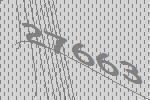
27663